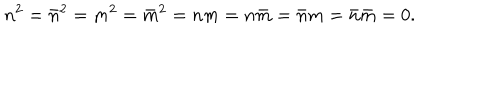
LaTeX: n ^ { 2 } = \bar { n } ^ { 2 } = m ^ { 2 } = \bar { m } ^ { 2 } = n m = n \bar { m } = \bar { n } m = \bar { n } \bar { m } = 0 .